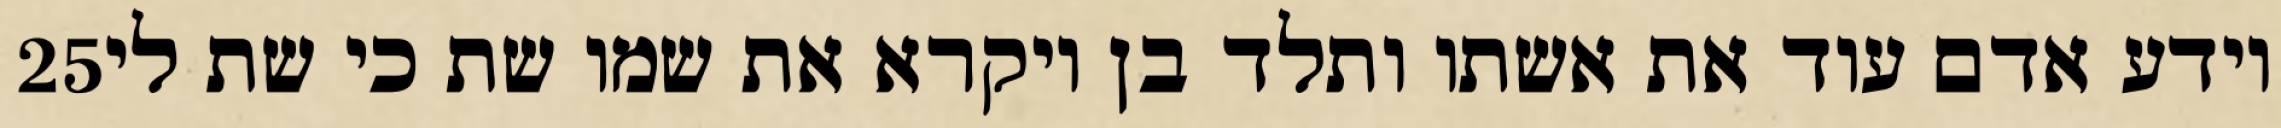
‎25‏ וידע אדם עוד את אשתו ותלד בן ויקרא את שמו שת כי שת לי